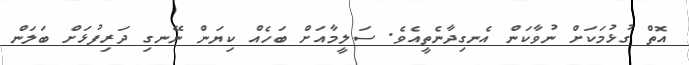
އޮތް ގުޅުމަކަށް ނުވާކަން އެނގިދާނެތީއެވެ. ސަލީމާއަށް ބަހެއް ކިޔަން ނޭނގި ދަރިފުޅަށް ބަލަން